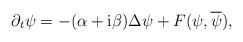
LaTeX: \begin{align*}\partial_t \psi =-(\alpha+\mathrm i \beta) \Delta \psi + F(\psi, \overline{\psi}),\end{align*}